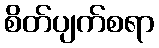
စိတ်ပျက်စရာ